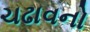
ચઢાવનો